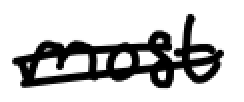
Text: most
Cross-out: double-line
Writing tool: digital_black